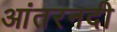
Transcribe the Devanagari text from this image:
आंतरनदी